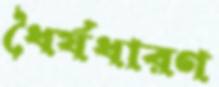
ধৈর্যধারণ